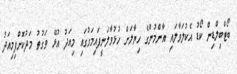
ބޯޓްބިލްޑިން ކޯޑު އެކުލަވާލައި އާންމުންގެ ހިޔާލަށް ހުޅުވާލަނީފައިމަގުގައި މިއަދު އުޅޭ ވަގުތު މަދުކޮށްފިމިއަދު